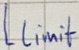
Text: Llimit